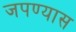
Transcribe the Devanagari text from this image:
जपण्यास